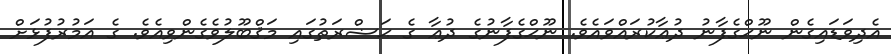
އެދިވަޑައިގެން ނޫޙްގެފާނު ދުޢާކުރައްވައެވެ. ނޫޙްގެފާނުގެ ދުޢާ ގެ ޙަޟްރަތުގައި މަޤްބޫލުވެގެންވިއެވެ. ގެ އަމުރުފުޅަށް